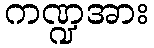
ကဏ္ဍအား